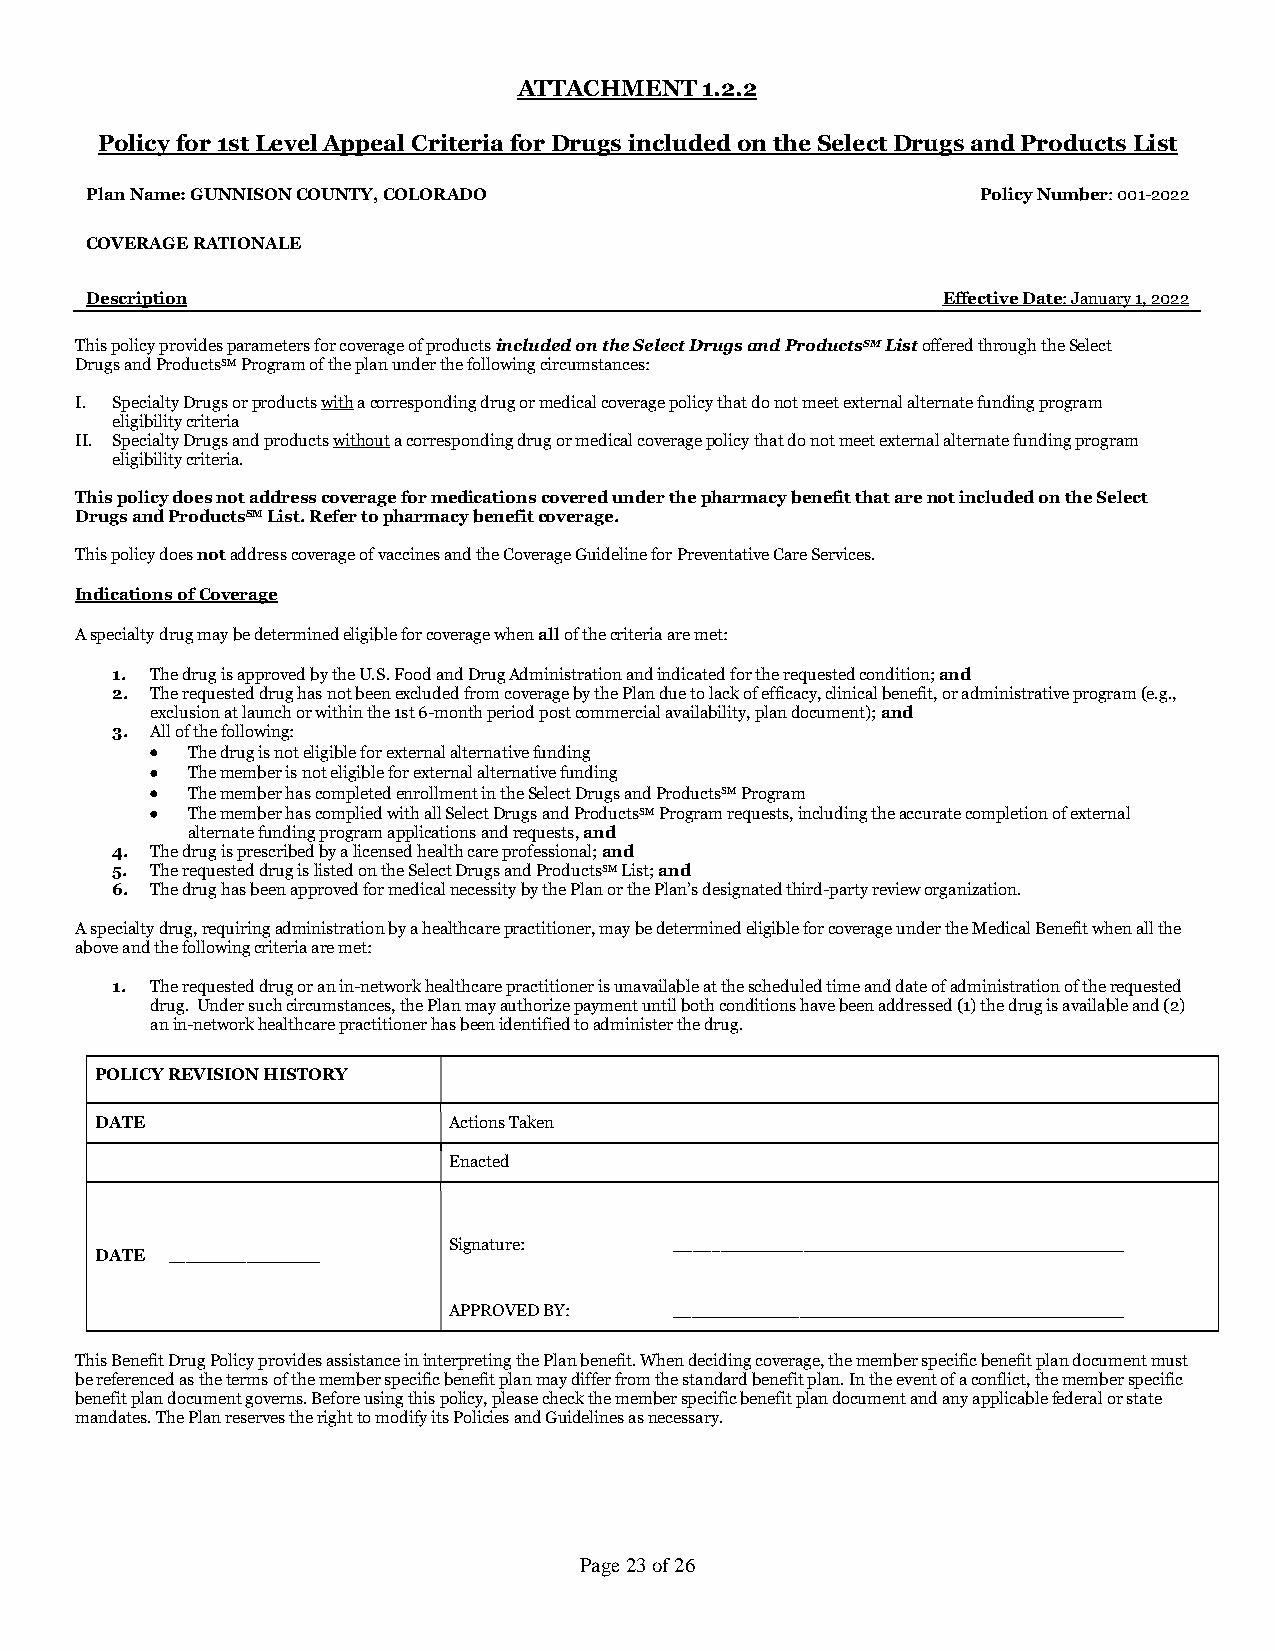
ATTACHMENT  1.2.2
 Policy for 1st Level Appeal Criteria for Drugs included on the Select Drugs and Products List
 Plan Name: GUNNISON COUNTY, COLORADO                       Policy Number: 001-2022
 COVERAGE RATIONALE
 Description                                             Effective Date: January 1, 2022
 This policy provides parameters for coverage of products included on the Select Drugs and ProductsSM List offered through the Select
 Drugs and ProductsSM Program of the plan under the following circumstances:
 I. Specialty Drugs or products with a corresponding drug or medical coverage policy that do not meet external alternate funding program
 eligibility criteria
 II. Specialty Drugs and products without a corresponding drug or medical coverage policy that do not meet external alternate funding program
 eligibility criteria.
 This policy does not address coverage for medications covered under the pharmacy benefit that are not included on the Select
 Drugs and ProductsSM List. Refer to pharmacy benefit coverage.
 This policy does not address coverage of vaccines and the Coverage Guideline for Preventative Care Services.
 Indications of Coverage
 A specialty drug may be determined eligible for coverage when all of the criteria are met:
 1. The drug is approved by the U.S. Food and Drug Administration and indicated for the requested condition; and
 2. The requested drug has not been excluded from coverage by the Plan due to lack of efficacy, clinical benefit, or administrative program (e.g.,
 exclusion at launch or within the 1st 6-month period post commercial availability, plan document); and
 3. All of the following:
 • The drug is not eligible for external alternative funding
 • The member is not eligible for external alternative funding
 • The member has completed enrollment in the Select Drugs and ProductsSM Program
 • The member has complied with all Select Drugs and ProductsSM Program requests, including the accurate completion of external
 alternate funding program applications and requests, and
 4. The drug is prescribed by a licensed health care professional; and
 5. The requested drug is listed on the Select Drugs and ProductsSM List; and
 6. The drug has been approved for medical necessity by the Plan or the Plan’s designated third-party review organization.
 A specialty drug, requiring administration by a healthcare practitioner, may be determined eligible for coverage under the Medical Benefit when all the
 above and the following criteria are met:
 1. The requested drug or an in-network healthcare practitioner is unavailable at the scheduled time and date of administration of the requested
 drug. Under such circumstances, the Plan may authorize payment until both conditions have been addressed (1) the drug is available and (2)
 an in-network healthcare practitioner has been identified to administer the drug.
 POLICY REVISION HISTORY
 DATE                    Actions Taken
 Enacted
 \signature1\
 \date1\           Signature:
 DATE
 APPROVED BY:
 \fullna me1\
 This Benefit Drug Policy provides assistance in interpreting the Plan benefit. When deciding coverage, the member specific benefit plan document must
 be referenced as the terms of the member specific benefit plan may differ from the standard benefit plan. In the event of a conflict, the member specific
 benefit plan document governs. Before using this policy, please check the member specific benefit plan document and any applicable federal or state
 mandates. The Plan reserves the right to modify its Policies and Guidelines as necessary.
 Page 23 of 26